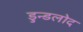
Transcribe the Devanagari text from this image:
डुन्डलोद